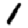
Digit: 1